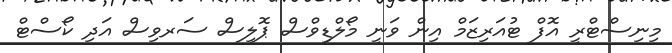
މިނިސްޓްރީ އޮފް ޓުއަރިޒަމް އިން ވަނީ މޯލްޑިވްސް ޕޮލިސް ސަރވިސް އަދި ކޯސްޓް